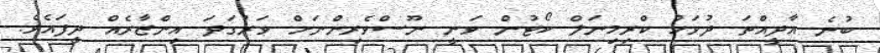
ބުނެ އާދީއްތަ ދުވަހު ކްރިމިނަލް ކޯޓުން ވަނީ ނޫސްވެރިންނަށް ވަރުގަދަ އިންޒާރެއް ދީފައެވެ.